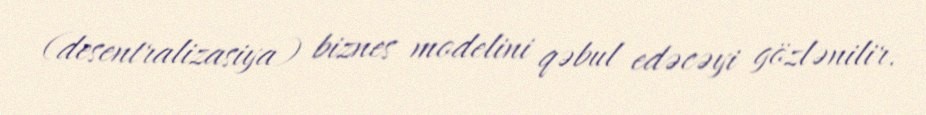
(desentralizasiya) biznes modelini qəbul edəcəyi gözlənilir.